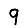
Digit: 9